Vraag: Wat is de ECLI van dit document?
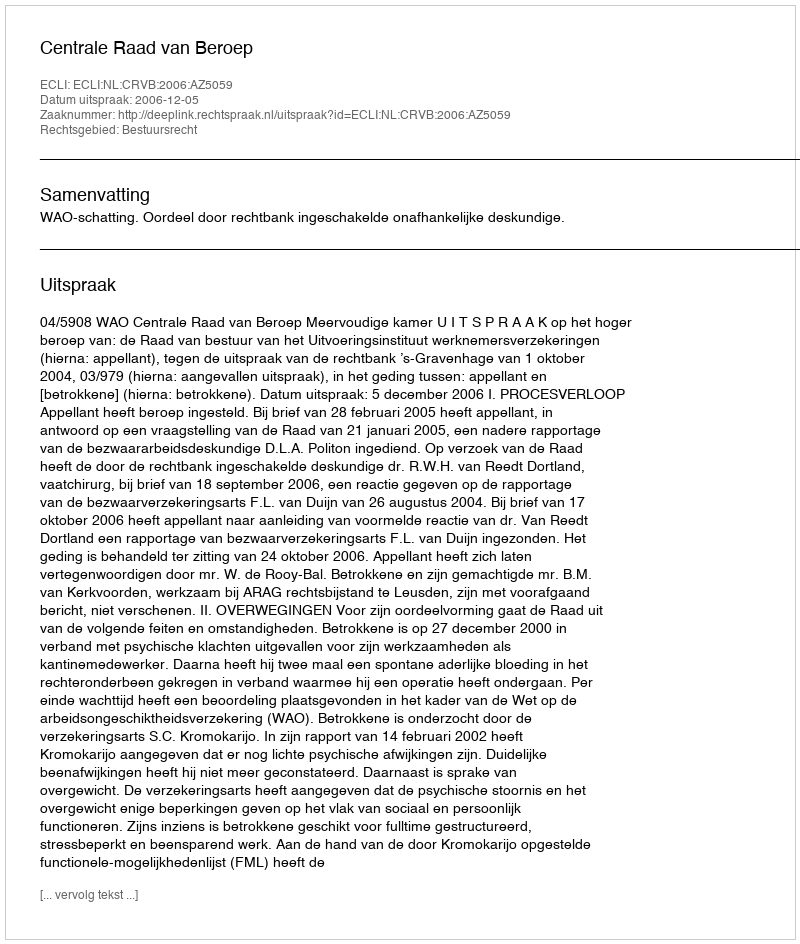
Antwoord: ECLI:NL:CRVB:2006:AZ5059